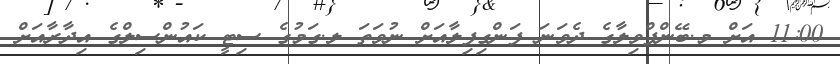
11:00 އަށް މ.ބޭންފްވިލާގެ ދެވަނަ ފަންގިފިލާއަށް ނުވަތަ ލ.ގަމުގެ ސިޓީ ކައުންސިލްގެ އިދާރާއަށް